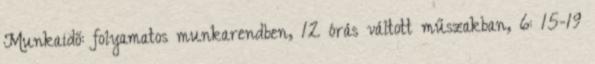
Munkaidő: folyamatos munkarendben, 12 órás váltott műszakban, 6: 15-19